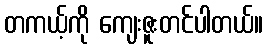
တကယ့်ကို ကျေးဇူးတင်ပါတယ်။